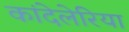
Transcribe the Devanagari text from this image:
कांदेलेरिया